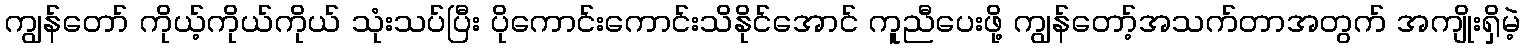
ကျွန်တော် ကိုယ့်ကိုယ်ကိုယ် သုံးသပ်ပြီး ပိုကောင်းကောင်းသိနိုင်အောင် ကူညီပေးဖို့ ကျွန်တော့်အသက်တာအတွက် အကျိုးရှိမဲ့